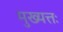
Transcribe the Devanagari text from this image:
मुख्यत्तः